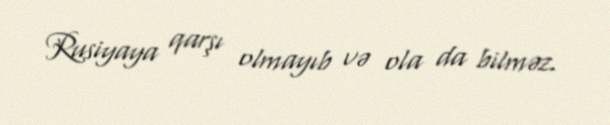
Rusiyaya qarşı olmayıb və ola da bilməz.